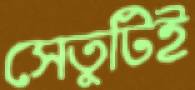
সেতুটিই